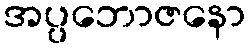
အပ္ပဘောဇနော